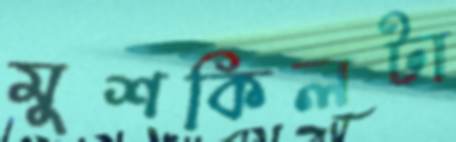
মুশকিলটা